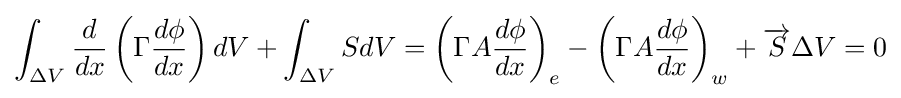
\int _{\Delta V}{\frac {d}{dx}}\left(\Gamma {\frac {d\phi }{dx}}\right)dV+\int _{\Delta V}SdV=\left(\Gamma A{\frac {d\phi }{dx}}\right)_{e}-\left(\Gamma A{\frac {d\phi }{dx}}\right)_{w}+{\overrightarrow {S}}\Delta V=0